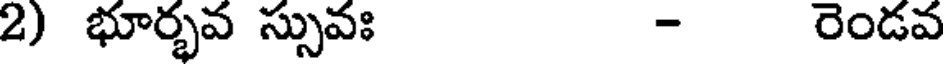
2) భూర్భవ స్సువః - రెండవ